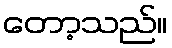
တော့သည်။